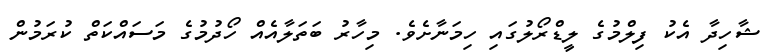
ޝާހިދާ އެކު ފިލްމުގެ ލީޑްރޯލުގައި ހިމަނާށެވެ. މިހާރު ބަތަލާއެއް ހޯދުމުގެ މަސައްކަތް ކުރަމުން